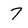
Character: 7